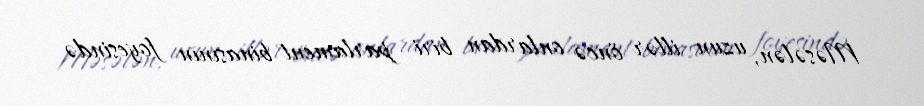
Məsələn, uzun illər öncə onlardan biri parlament binasının foyesində